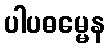
ပါပဓမ္မေန